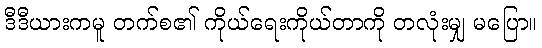
ဒီဒီယားကမူ တက်စ၏ ကိုယ်ရေးကိုယ်တာကို တလုံးမျှ မပြော။